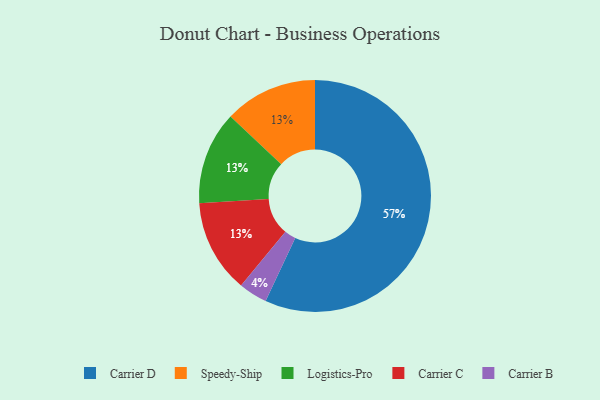
{"axis": {"x": "Category", "y": "Percentage"}, "legend": ["Carrier B", "Carrier C", "Carrier D", "Logistics-Pro", "Speedy-Ship"], "data": [{"x": "Carrier D", "y": 57, "type": "Carrier D"}, {"x": "Carrier B", "y": 4, "type": "Carrier B"}, {"x": "Speedy-Ship", "y": 13, "type": "Speedy-Ship"}, {"x": "Logistics-Pro", "y": 13, "type": "Logistics-Pro"}, {"x": "Carrier C", "y": 13, "type": "Carrier C"}]}